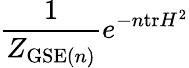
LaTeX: {\frac{1}{Z_{{\mathrm{GSE}}(n)}}}e^{-n\mathrm{tr}H^{2}}